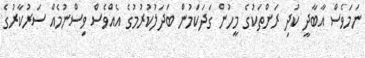
ނަމަވެސް އާބާދީ ކުދި ރަށްތަކުގެ މީހުން ގަދަކަމުން ބަދަލުކުރުމުގެ އެއްވެސް ވިސްނުމެއް ސަރުކާރުގެ